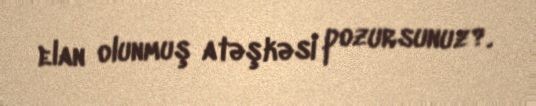
elan olunmuş atəşkəsi pozursunuz?.